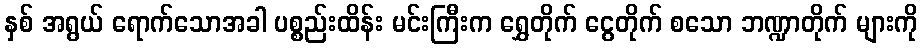
နှစ် အရွယ် ရောက်သောအခါ ပစ္စည်းထိန်း မင်းကြီးက ရွှေတိုက် ငွေတိုက် စသော ဘဏ္ဍာတိုက် များကို